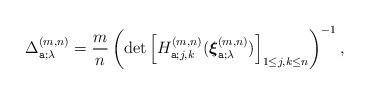
LaTeX: \begin{align*}\Delta^{(m,n)}_{\texttt{a};\lambda }=\frac{m}{n} \left( \det \left[ H^{(m,n)}_{\texttt{a}; j,k} ( \boldsymbol{\xi}^{(m,n)}_{\texttt{a};\lambda} ) \right]_{1\leq j,k\leq n} \right)^{-1} ,\end{align*}